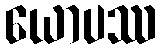
ယောပဿ